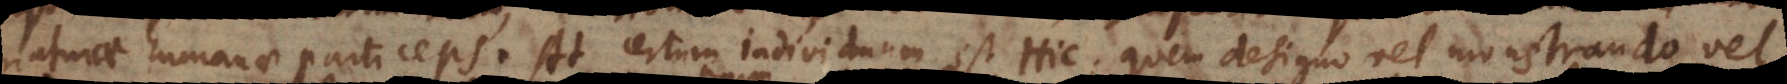
naturae humanae particeps. At certum individuum est Hic; quem designo vel monstrando vel